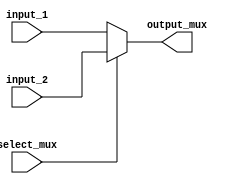
module MUX(input_1, input_2, select_mux, output_mux);
    input [7:0] input_1;
    input [7:0] input_2;
    input select_mux;
    output reg [7:0] output_mux;
    always @(*)
        begin
            if (select_mux == 0)
                output_mux <= input_1;
            else
                output_mux <= input_2;
        end
endmodule